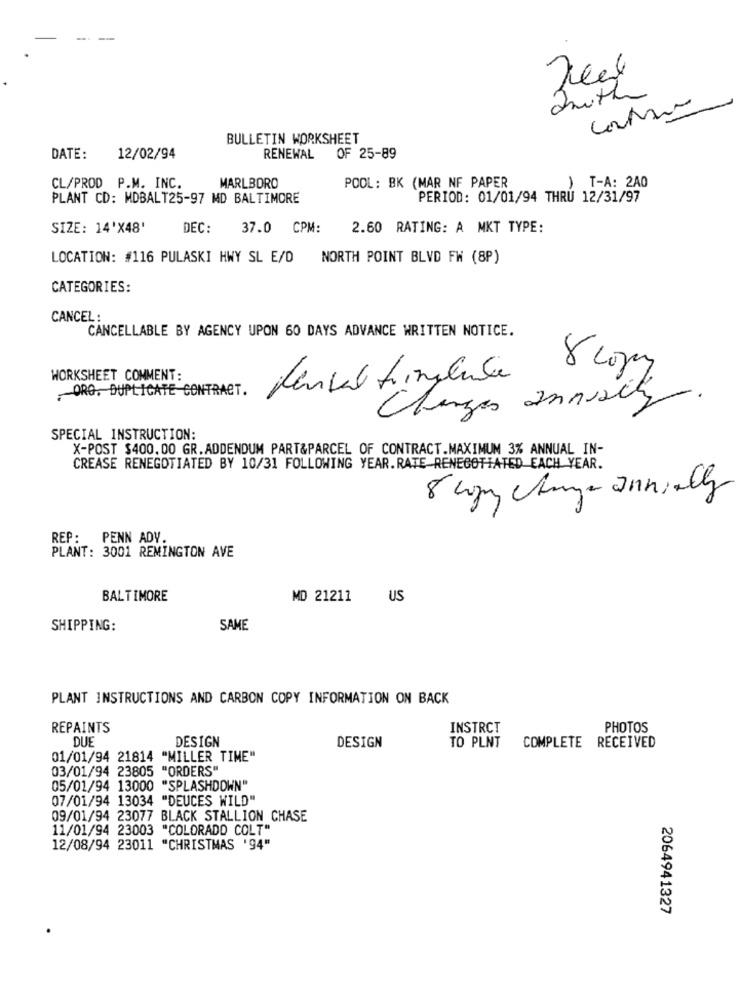
Truth
BULLETIN WORKSHEET
DATE:
12/02/94
RENEWAL
OF 25-89
MARLBORO
CL/PROD P.M. INC.
POOL: BK (MAR NF PAPER
) T-A: 2A0
PLANT CD: MDBALT25-97 MD BALTIMORE
PERIOD: 01/01/94 THRU 12/31/97
SIZE: 14'X48'
DEC:
37.0 CPM:
2.60 RATING: A MKT TYPE:
LOCATION: #116 PULASKI HWY SL E/D NORTH POINT BLVD FW (8P)
CATEGORIES:
CANCEL :
CANCELLABLE BY AGENCY UPON 60 DAYS ADVANCE WRITTEN NOTICE.
WORKSHEET COMMENT:
.ORG. DUPLICATE CONTRACT.
Changes Innisity
SPECIAL INSTRUCTION:
X-POST $400.00 GR.ADDENDUM PART&PARCEL OF CONTRACT.MAXIMUM 3% ANNUAL IN-
CREASE RENEGOTIATED BY 10/31 FOLLOWING YEAR. RATE RENEGOTIATED EACH YEAR.
REP: PENN ADY
PLANT: 3001 REMINGTON AVE
BALTIMORE
MD 21211
US
SHIPPING:
SAME
PLANT INSTRUCTIONS AND CARBON COPY INFORMATION ON BACK
REPAINTS
INSTRCT
PHOTOS
DUE
DESIGN
DESIGN
TO PLNT
COMPLETE RECEIVED
01/01/94 21814 "MILLER TIME"
03/01/94 23805 "ORDERS"
05/01/94 13000 "SPLASHDOWN"
07/01/94 13034 "DEUCES WILD"
09/01/94 23077 BLACK STALLION CHASE
11/01/94 23003 "COLORADO COLT"
12/08/94 23011 "CHRISTMAS '94"
2064941327